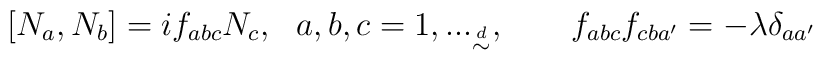
[N_a,N_b]=if_{abc} N_c,~~a,b,c=1,..._{\buildrel d \over \sim },~~~~~~f_{abc}f_{cba'}=-\lambda \delta_{aa'}